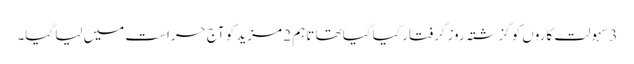
3 سہولت کاروں کو گزشتہ روز گرفتار کیا گیا تھا تاہم 2 مزید کو آج حراست میں لیا گیا۔